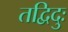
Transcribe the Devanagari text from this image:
तद्विदुः